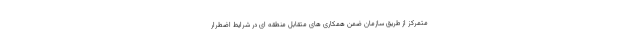
متمرکز از طریق سازمان ضمن همکاری های متقابل منطقه ای در شرایط اضطرار